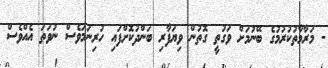
- މަރާމާތުކުރުމުގެ ބޭނުމަށް ވަގުތީ ގޮތުން ވިޔަފާރި ބަންދުކޮށްފައި ހުރިނަމަވެސް ނުވަތަ އެއްވެސް